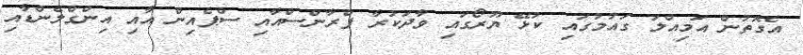
އެގޮތުން އަމިއްލަ ގައުމުގައި ކުޅޭ ޔޫރޯގައި ވާދަކުރާ ފްރާންސްއާއި ސްޕެއިން އާއި އިންގްލެންޑާއި